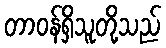
တာဝန်ရှိသူတို့သည်